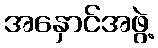
အနှောင်အဖွဲ့